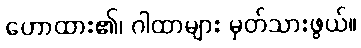
ဟောထား၏၊ ဂါထာများ မှတ်သားဖွယ်။